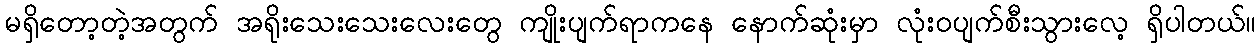
မရှိတော့တဲ့အတွက် အရိုးသေးသေးလေးတွေ ကျိုးပျက်ရာကနေ နောက်ဆုံးမှာ လုံးဝပျက်စီးသွားလေ့ ရှိပါတယ်။